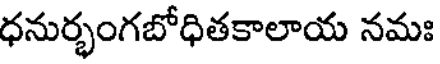
ధనుర్భంగబోధితకాలాయ నమః